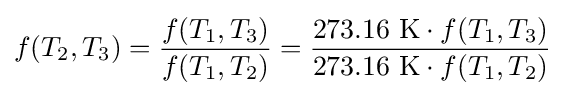
f(T_{2},T_{3})={\frac {f(T_{1},T_{3})}{f(T_{1},T_{2})}}={\frac {273.16{\text{ K}}\cdot f(T_{1},T_{3})}{273.16{\text{ K}}\cdot f(T_{1},T_{2})}}